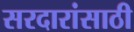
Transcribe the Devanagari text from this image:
सरदारांसाठी